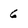
Character: 6